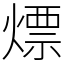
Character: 熛